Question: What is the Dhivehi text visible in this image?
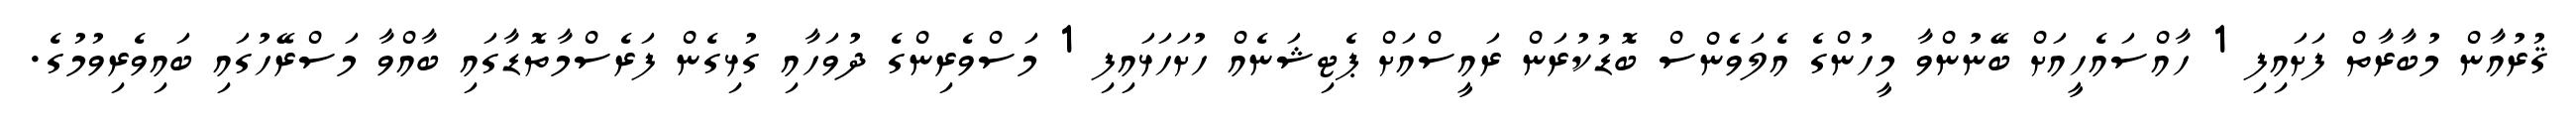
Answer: ޤުރުއާން މުބާރާތް ފަށައިފި 1 ހާއްސައެހީއަށް ބޭނުންވާ މީހުންގެ އެލަވެންސް ބޮޑުކުރަން ރައީސްއަށް ޕެޓިޝަނެއް ހުށަހަޅައިފި 1 މަސްވެރިންގެ ދުވަހާއި ގުޅިގެން ފަރެސްމާތޮޑާގައި ބާއްވާ މަސްރޭހުގައި ބައިވެރިވުމުގެ.